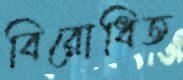
বিরোধিত